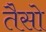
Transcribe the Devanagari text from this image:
तैसो